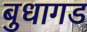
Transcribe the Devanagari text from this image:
बुधागड